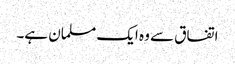
اتفاق سے وہ ایک مسلمان ہے۔